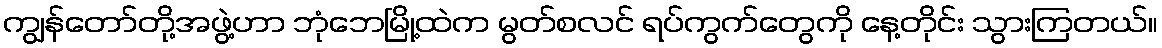
ကျွန်တော်တို့အဖွဲ့ဟာ ဘုံဘေမြို့ထဲက မွတ်စလင် ရပ်ကွက်တွေကို နေ့တိုင်း သွားကြတယ်။